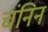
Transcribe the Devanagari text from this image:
चंनिन